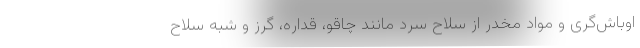
اوباش‌گری و مواد مخدر از سلاح سرد مانند چاقو، قداره، گرز و شبه سلاح